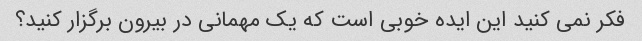
فکر نمی کنید این ایده خوبی است که یک مهمانی در بیرون برگزار کنید؟